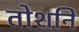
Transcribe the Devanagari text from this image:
तोशनि